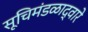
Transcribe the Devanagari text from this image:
सूचिमंडळाद्वारे